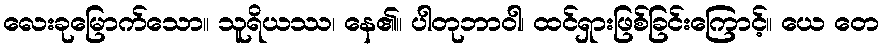
လေးခုမြောက်သော။ သူရိယဿ၊ နေ၏။ ပါတုဘာဝါ၊ ထင်ရှားဖြစ်ခြင်းကြောင့်။ ယေ တေ